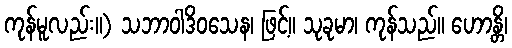
ကုန်မူလည်း။) သဘာဝါဒိဝသေန၊ ဖြင့်။ သုခုမာ၊ ကုန်သည်။ ဟောန္တိ၊